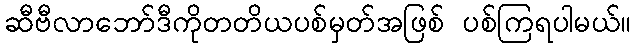
ဆီဗီလာဘော်ဒီကိုတတိယပစ်မှတ်အဖြစ် ပစ်ကြရပါမယ်။